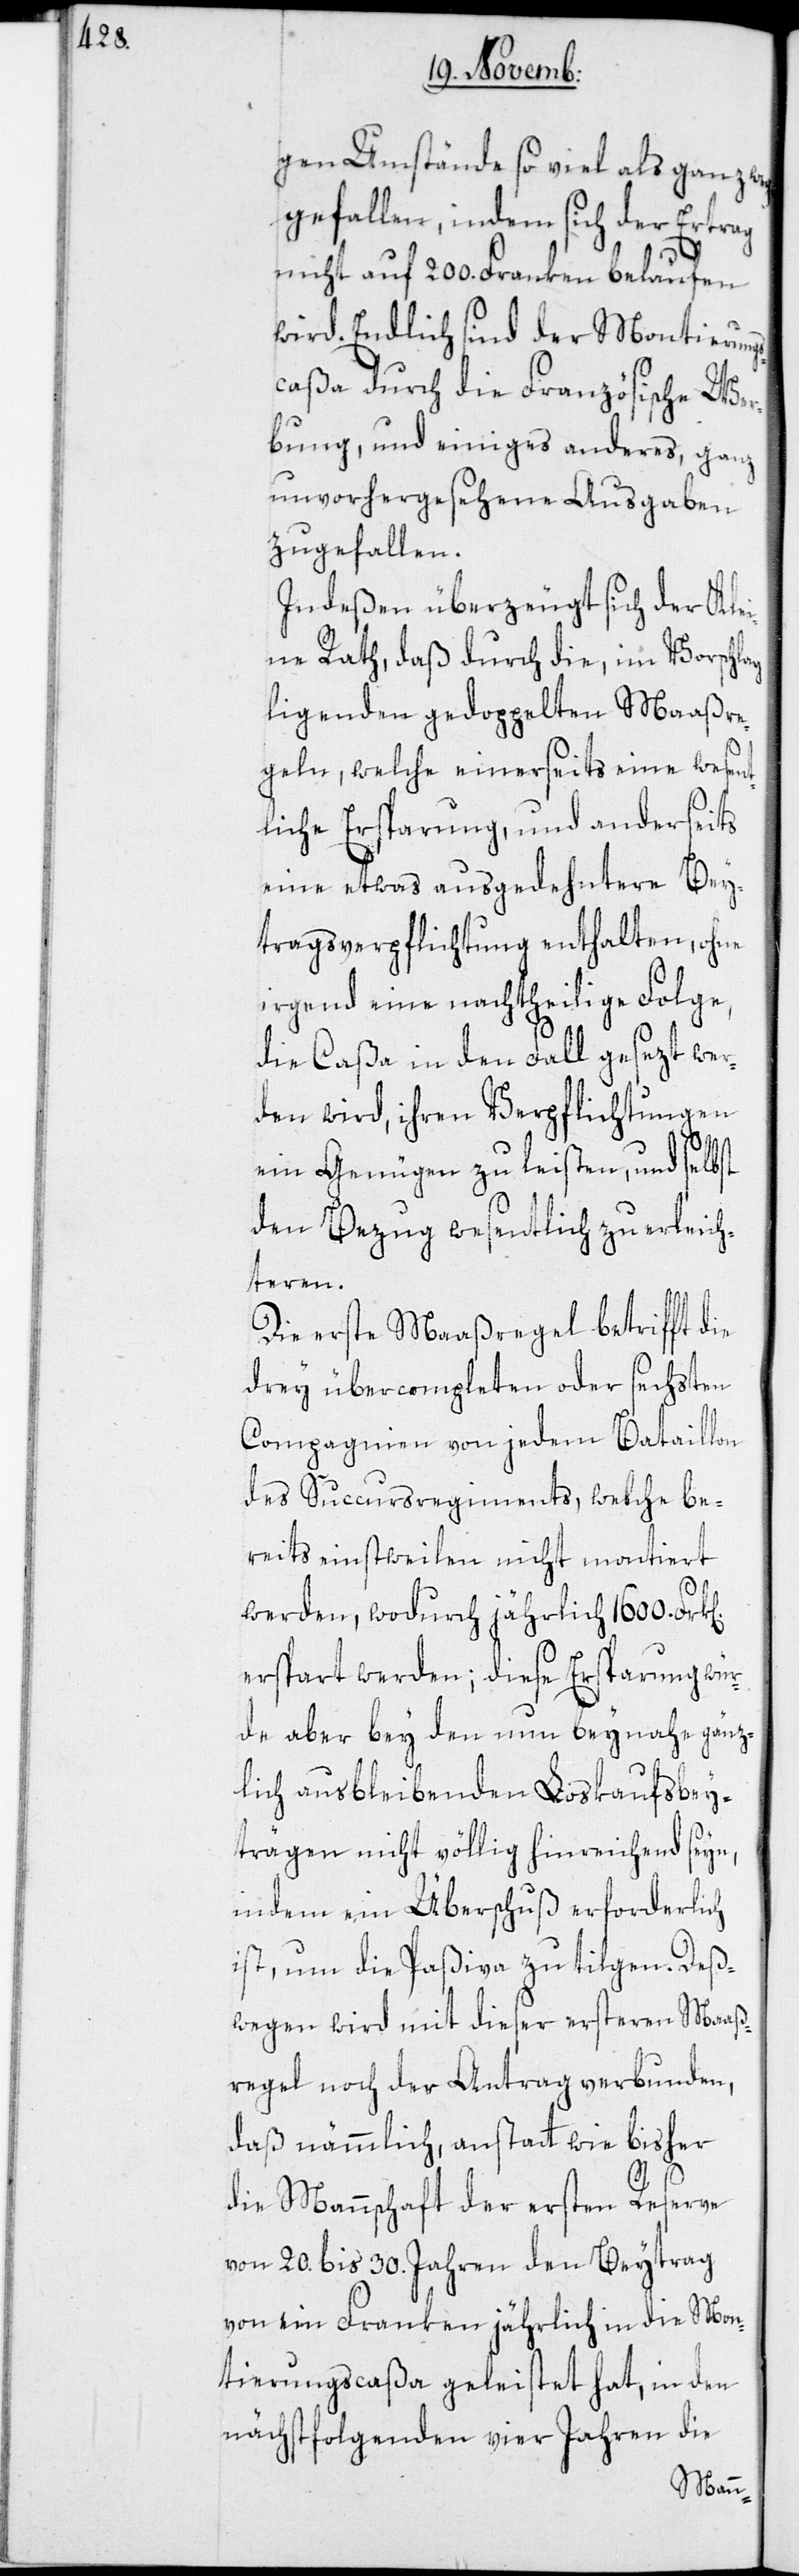
gen Umstände so viel als ganz weg¬
gefallen, indem sich der Ertrag
nicht auf 200. Franken belaufen
wird. Endlich sind der Montierungs¬
caßa durch die Französische Wer¬
bung, und einiges anderes, ganz
unvorhergesehene Ausgaben
zugefallen.
Indeßen überzeugt sich der Klei¬
ne Rath, daß durch die, im Vorschlag
ligenden gedoppelten Maaßre¬
geln, welche einerseits eine wesen¬
tliche Ersparung, und anderseits
eine etwas ausgedehntere Bey¬
tragsverpflichtung enthalten, ohne
irgend eine nachtheilige Folge,
die Caßa in den Fall gesezt wer¬
den wird, ihren Verpflichtungen
n].
ein Genügen zu leisten, und selbst
den Bezug wesentlich zu erleich¬
teren.
Die erste Maaßregel betrifft die
drey übercompleten oder sechsten
Compagnien von jedem Bataillon
des Succursregiments, welche be¬
reits einstweilen nicht montiert
werden, wodurch jährlich 1600. Frk[e¬
erspart werden; diese Ersparung wür¬
de aber bey den nun beynahe gänz¬
lich ausbleibenden Loskaufsbey¬
trägen nicht völlig hinreichend seyn,
indem ein Überschuß erforderlich
ist, um die Paßiva zu tilgen. Deß¬
wegen wird mit dieser ersteren Maaß¬
regel noch der Antrag verbunden,
daß nämmlich, anstatt wie bisher
die Mannschaft der ersten Reserve
von 20. bis 30. Jahren den Beytrag
von ein Franken jährlich in die Mon¬
tierungscaßa geleistet hat, in den
nächstfolgenden vier Jahren die